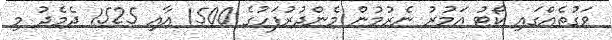
ވަގުތެއްގައި ކޯޓު އަމުރު ނެރުމުން މެންދުރުފަހުގެ 1500 އާއި 1525 ދެމެދު މި